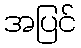
အပြင်